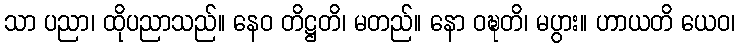
သာ ပညာ၊ ထိုပညာသည်။ နေဝ တိဋ္ဌတိ၊ မတည်။ နော ဝဍ္ဎတိ၊ မပွား။ ဟာယတိ ယေဝ၊